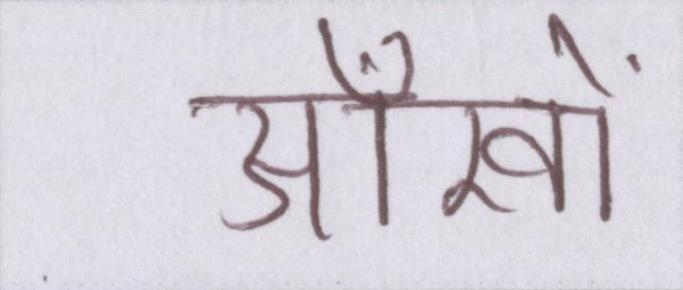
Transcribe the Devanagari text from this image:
आँखों